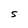
Character: S